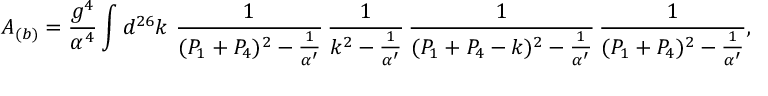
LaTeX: A _ { ( b ) } = \frac { g ^ { 4 } } { \alpha ^ { 4 } } \int d ^ { 2 6 } k ~ \frac { 1 } { ( P _ { 1 } + P _ { 4 } ) ^ { 2 } - \frac { 1 } { \alpha ^ { \prime } } } \, \frac { 1 } { k ^ { 2 } - \frac { 1 } { \alpha ^ { \prime } } } \, \frac { 1 } { ( P _ { 1 } + P _ { 4 } - k ) ^ { 2 } - \frac { 1 } { \alpha ^ { \prime } } } \, \frac { 1 } { ( P _ { 1 } + P _ { 4 } ) ^ { 2 } - \frac { 1 } { \alpha ^ { \prime } } } ,